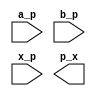
module Celda_inicial_d_i (

    input wire a_p, //entrada A, ultimo bit de la palabra A
    input wire b_p, //entrada B, ultimo bit de la palabra B
    input wire x_p, //entrada x, representa el estado inicial definido
    output wire p_x // salida, resultado de la logica combinacional del modulo
);
wire notA; //conecta la salida de not U1 a la entrada and U2

    // Negar A
    not U1 (a_p, notA);

    //  ~A por B
    and U2 (notA, b_p, p_x);

endmodule